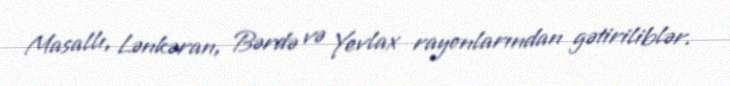
Masallı, Lənkəran, Bərdə və Yevlax rayonlarından gətiriliblər.